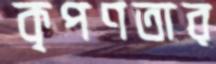
কৃপণতার